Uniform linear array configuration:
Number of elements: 64
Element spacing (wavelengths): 1
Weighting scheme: uniform
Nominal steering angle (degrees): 15
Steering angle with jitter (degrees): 15.772
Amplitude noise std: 0.05
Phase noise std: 0.05

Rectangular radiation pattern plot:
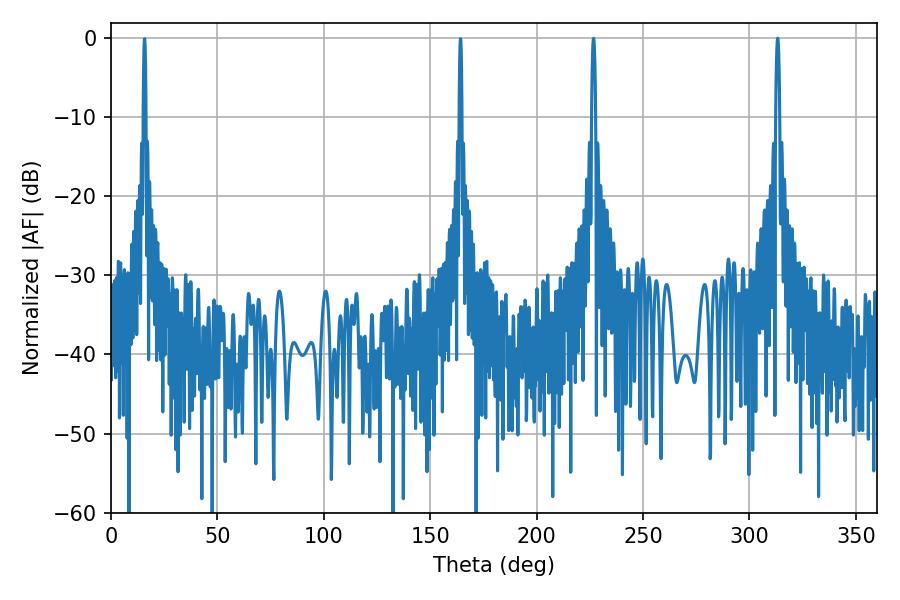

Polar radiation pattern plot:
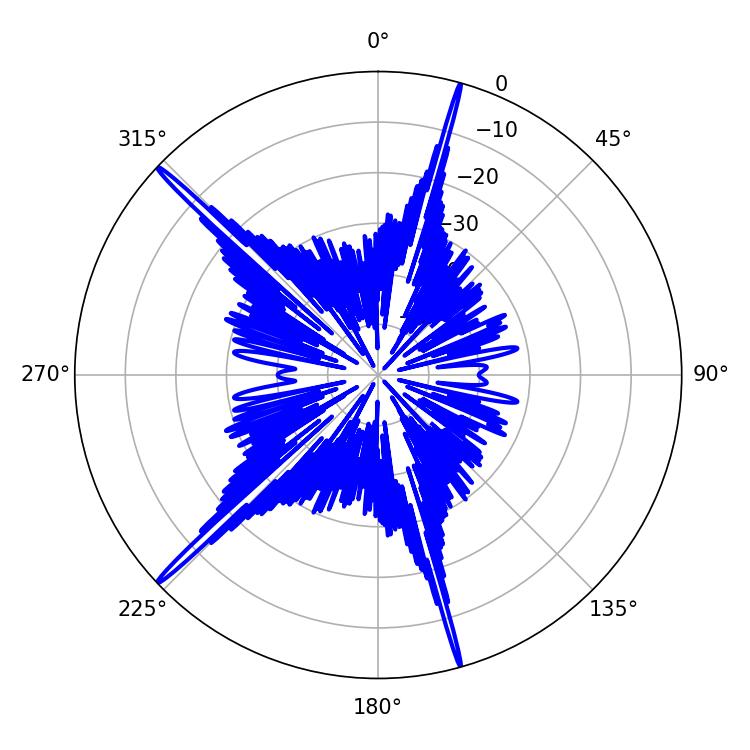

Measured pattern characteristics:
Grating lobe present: TRUE
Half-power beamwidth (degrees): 0.9
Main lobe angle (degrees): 226.8